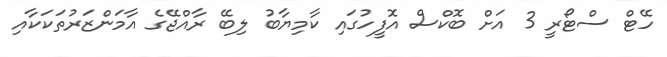
ހޭޓް ސްޓޯރީ 3 އަށް ބޮކްސް އޮފީހުގައި ކާމިޔާބު ލިބޭ ރާއްޖޭގެ އާމަންޒަރުތަކަކާއި